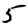
Digit: 5